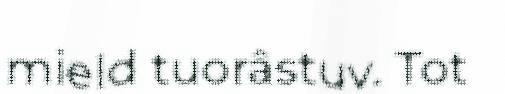
mield tuorâstuv. Tot